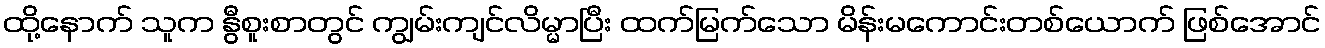
ထို့နောက် သူက နွီစူးစာတွင် ကျွမ်းကျင်လိမ္မာပြီး ထက်မြက်သော မိန်းမကောင်းတစ်ယောက် ဖြစ်အောင်